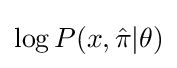
\log P(x,{\hat {\pi }}|\theta )